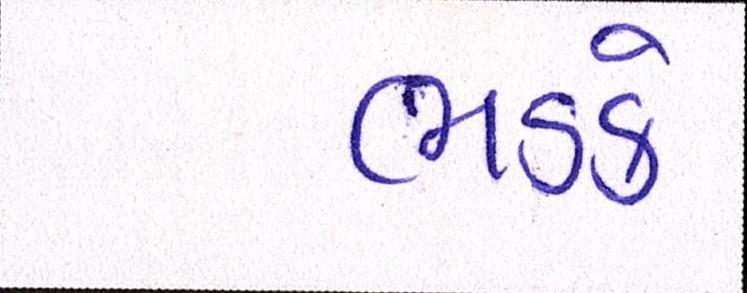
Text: ભડકે